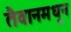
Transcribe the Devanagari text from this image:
तैवानमधून